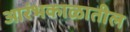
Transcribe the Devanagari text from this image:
आरंभकाळातील